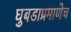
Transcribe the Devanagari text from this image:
घुबडाप्रमाणेच